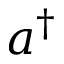
a ^ { \dagger }